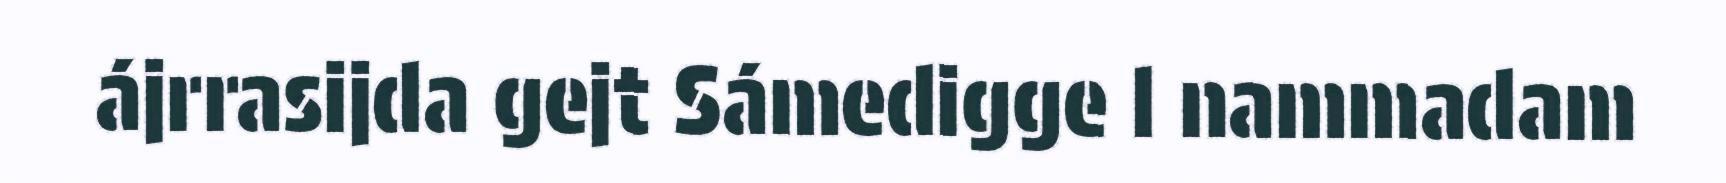
ájrrasijda gejt Sámedigge l nammadam